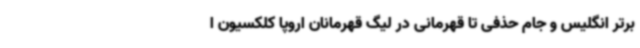
برتر انگلیس و جام حذفی تا قهرمانی در لیگ قهرمانان اروپا کلکسیون ا